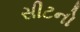
સીટનો